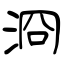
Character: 浻